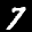
Label: 7